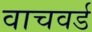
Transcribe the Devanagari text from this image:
वाचवर्ड